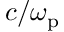
c / \omega _ { \mathrm { p } }